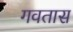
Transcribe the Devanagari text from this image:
गवतास